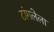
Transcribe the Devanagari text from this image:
टांगलेला